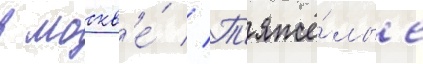
в москв'е́ // Т'яжё́лые